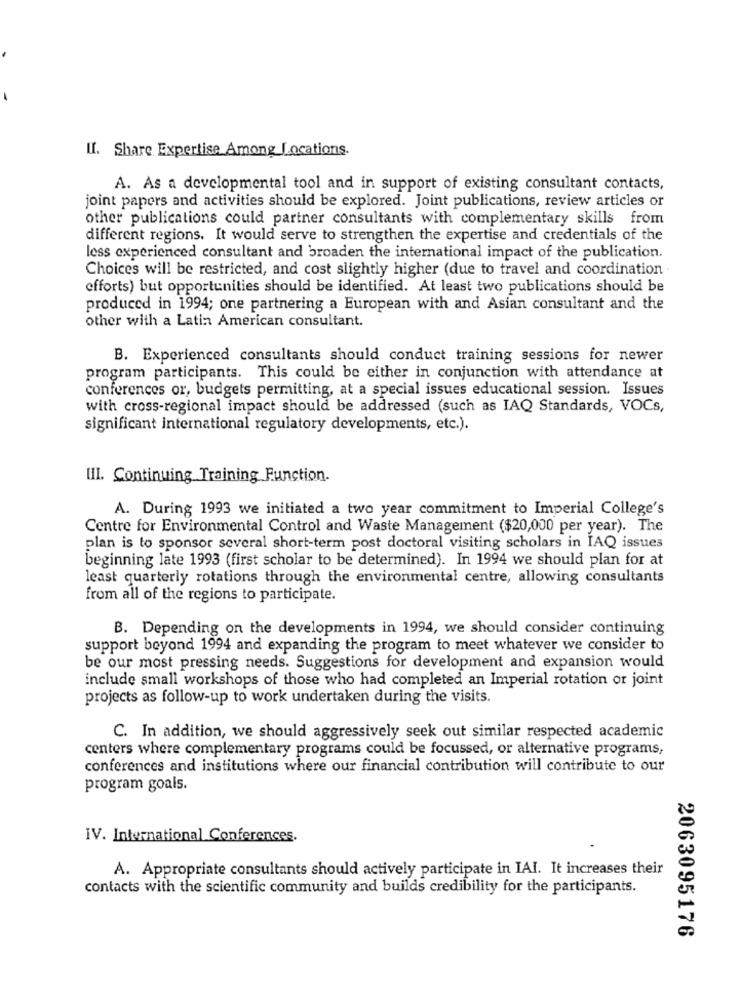
U. Share Expertise Among Locations.
A. As a developmental tool and in support of existing consultant contacts,
joint papers and activities should be explored. Joint publications, review articles or
other publications could partner consultants with complementary skills from
different regions. It would serve to strengthen the expertise and credentials of the
less experienced consultant and broaden the international impact of the publication.
Choices will be restricted, and cost slightly higher (due to travel and coordination
efforts) but opportunities should be identified. At least two publications should be
produced in 1994; one partnering a European with and Asian consultant and the
other with a Latin American consultant.
B. Experienced consultants should conduct training sessions for newer
program participants. This could be either in conjunction with attendance at
conferences or, budgets permitting, at a special issues educational session. Issues
with cross-regional impact should be addressed (such as IAQ Standards, VOCs,
significant international regulatory developments, etc.).
HI. Continuing Training Function.
A. During 1993 we initiated a two year commitment to Imperial College's
Centre for Environmental Control and Waste Management ($20,000 per year). The
plan is to sponsor several short-term post doctoral visiting scholars in IAQ issues
beginning late 1993 (first scholar to be determined). In 1994 we should plan for at
least quarterly rotations through the environmental centre, allowing consultants
from all of the regions to participate.
B. Depending on the developments in 1994, we should consider continuing
support beyond 1994 and expanding the program to meet whatever we consider to
be our most pressing needs. Suggestions for development and expansion would
include small workshops of those who had completed an Imperial rotation or joint
projects as follow-up to work undertaken during the visits.
C. In addition, we should aggressively seek out similar respected academic
centers where complementary programs could be focussed, or alternative programs,
conferences and institutions where our financial contribution will contribute to our
program goals.
IV. International Conferences.
A. Appropriate consultants should actively participate in IAI. It increases their
contacts with the scientific community and builds credibility for the participants.
2063095176